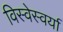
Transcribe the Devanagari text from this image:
विस्वेस्वर्या